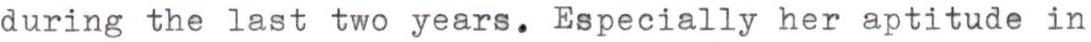
during the last two years. Especially her aptitude in